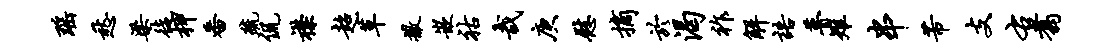
瑶愁梁徒柙番疏侃襟超草撒嵌祜哉庚慰摘於渴祚解语瞢雉串芾支右翥